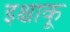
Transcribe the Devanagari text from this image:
इश्चाकू